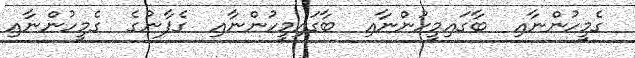
ގެމީހުންނާއި  ބާގައިމީހުންނާއި  ބާގައިމީހުންނާއި  ގެފާނުގެ  ގެމީހުންނާއި